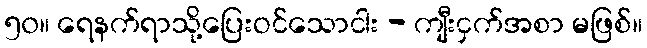
၅၀။ ရေနက်ရာသို့ပြေးဝင်သောငါး - ကျီးငှက်အစာ မဖြစ်။